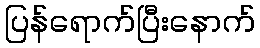
ပြန်ရောက်ပြီးနောက်